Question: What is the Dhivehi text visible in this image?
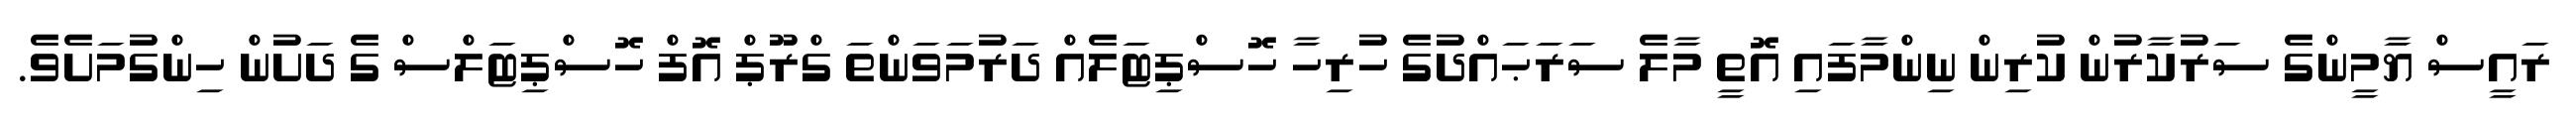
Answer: ރައީސް ޔާމީންގެ ސަރުކާރުން ކުރިން ނިންމާފައި އޮތީ މާލެ ސަރަޙައްދުގެ ހުރިހާ ހޮސްޕިޓަލެއް ދަރުމަވަންތަ ގްރޫޕް އޮފް ހޮސްޕިޓަލްސް ގެ ދަށުން ހިންގުމަށެވެ.